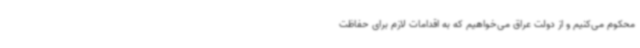
محکوم می‌کنیم و از دولت عراق می‌خواهیم که به اقدامات لازم برای حفاظت